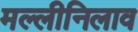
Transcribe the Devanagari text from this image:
मल्लीनिलाव